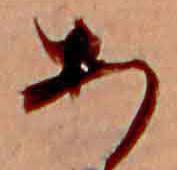
あ